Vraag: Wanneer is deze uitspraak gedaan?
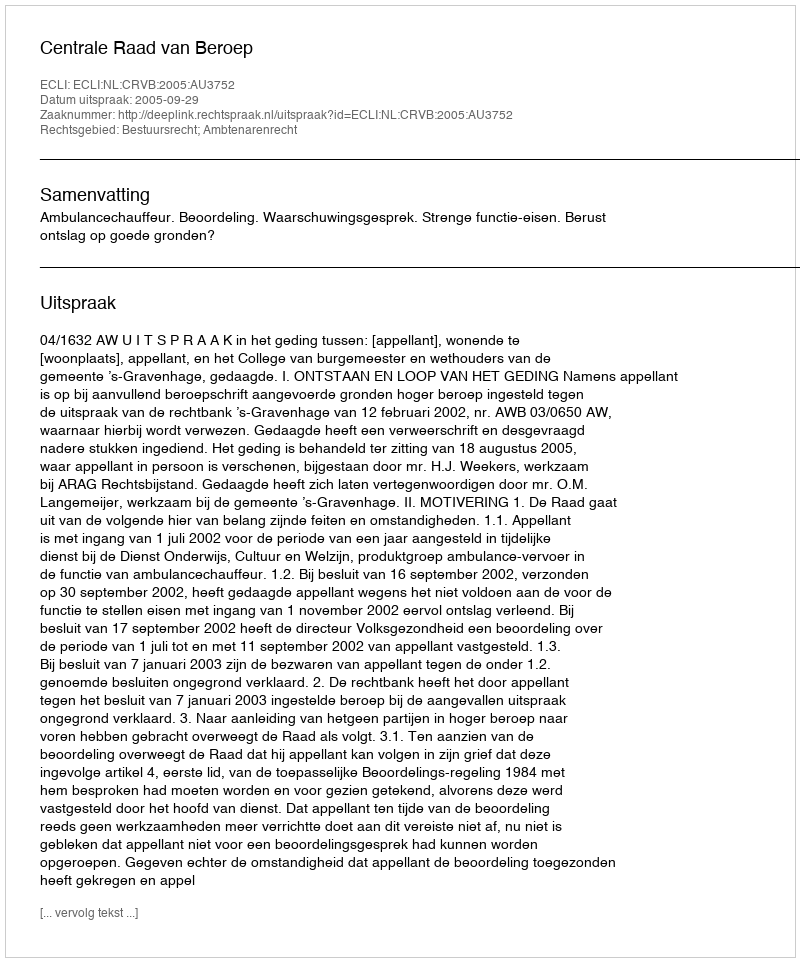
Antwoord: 2005-09-29